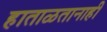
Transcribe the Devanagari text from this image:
हाताळतानाही